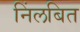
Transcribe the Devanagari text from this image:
निंलबित